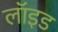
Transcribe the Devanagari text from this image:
लाॅइड